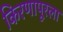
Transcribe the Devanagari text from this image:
किरणापूरला